Civil Veterinary Dept. Assam report 1927-50 - 1927-1950
Year: 1927
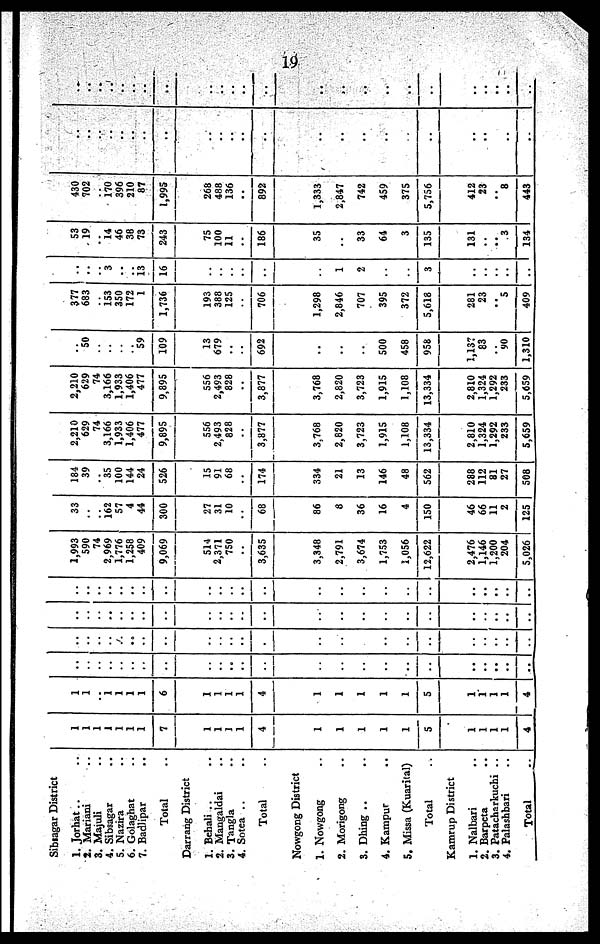
19
Sibiagar District
1. Jorhat .. ..
2. Mariani ..
3. Majuli ..
4. Sibsagar ..
5. Nazira ..
6. Golaghat ..
7. Badlipar ..
Total
Darrang District
1. Behali .. ..
2. Mangaldai ..
3. Tangla ..
4. Sotea .. ..
Total ..
Nowgong District
1. Nowgong ..
2. Morigong ..
3. Dbing .. ..
4. Kampur ..
5. Missa (Kuarital)
Total ..
Kamrup District
1. Nalbari ..
2. Barpeta ..
3. Patacharkuchi ..
4. Palashbari ..
Total
..
1
1
1
1
1
1
1
7
1
1
I
1
4
1
1
1
1
1
5
1
1
1
1
4
1
1
..
1
1
1
1
6
1
1
1
1
4
1
1
1
1
1
5
1
1
1
1
4
..
..
..
..
..
..
..
..
..
..
..
..
..
..
..
..
..
..
..
..
..
..
..
..
..
..
..
..
..
..
..
..
..
..
..
..
..
..
..
..
..
..
..
..
..
..
..
..
..
..
..
..
..
..
..
..
..
..
..
..
..
..
..
..
..
..
..
..
..
..
..
..
..
..
..
..
..
..
..
..
..
..
..
..
..
..
..
..
..
..
..
..
..
..
..
..
1,993
590
74
2,969
1,776
1,258
409
9,069
514
2,371
750
..
3,635
3,348
2,791
3,674
1,753
1,056
12,622
2,476
1,146
1,200
204
5,026
33
..
..
162
57
4
44
300
27
31
10
..
68
86
8
36
16
4
150
46
66
11
2
125
184
39
..
35
100
144
24
526
15
91
68
..
174
334
21
13
146
48
562
288
112
81
27
508
2,210
629
74
3,166
1,933
1,406
477
9,895
556
2,493
828
..
3,877
3,768
2,820
3,723
1,915
1,108
13,334
2,810
1,324
1,292
233
5,659
2,210
629
74
3,166
1,933
1,406
477
9,895
556
2,493
828
..
3,877
3,768
2,820
3,723
1,915
1,108
13,334
2,810
1,324
1,292
233
5,659
..
50
..
..
..
..
59
109
13
679
..
..
692
..
..
..
500
458
958
1,137
83
..
90
1,310
377
683
..
153
350
172
1
1,736
193
388
125
..
706
1,298
2,846
707
395
372
5,618
281
23
..
5
409
..
..
..
3
..
..
13
16
..
..
..
..
..
..
1
2
..
..
3
..
..
..
..
..
53
19
..
14
46
38
73
243
75
100
11
..
186
35
..
33
64
3
135
131
..
..
3
134
430
702
..
170
396
210
87
1,995
268
488
136
..
892
1,333
2,847
742
459
375
5,756
412
23
..
8
443
..
..
..
..
..
..
..
..
..
..
..
..
..
..
..
..
..
..
..
..
..
..
..
..
..
..
..
..
..
..
..
..
..
..
..
..
..
..
..
..
..
..
..
..
..
..
..
..